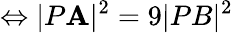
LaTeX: \Leftrightarrow|P\mathbf{A}|^{2}=9|PB|^{2}